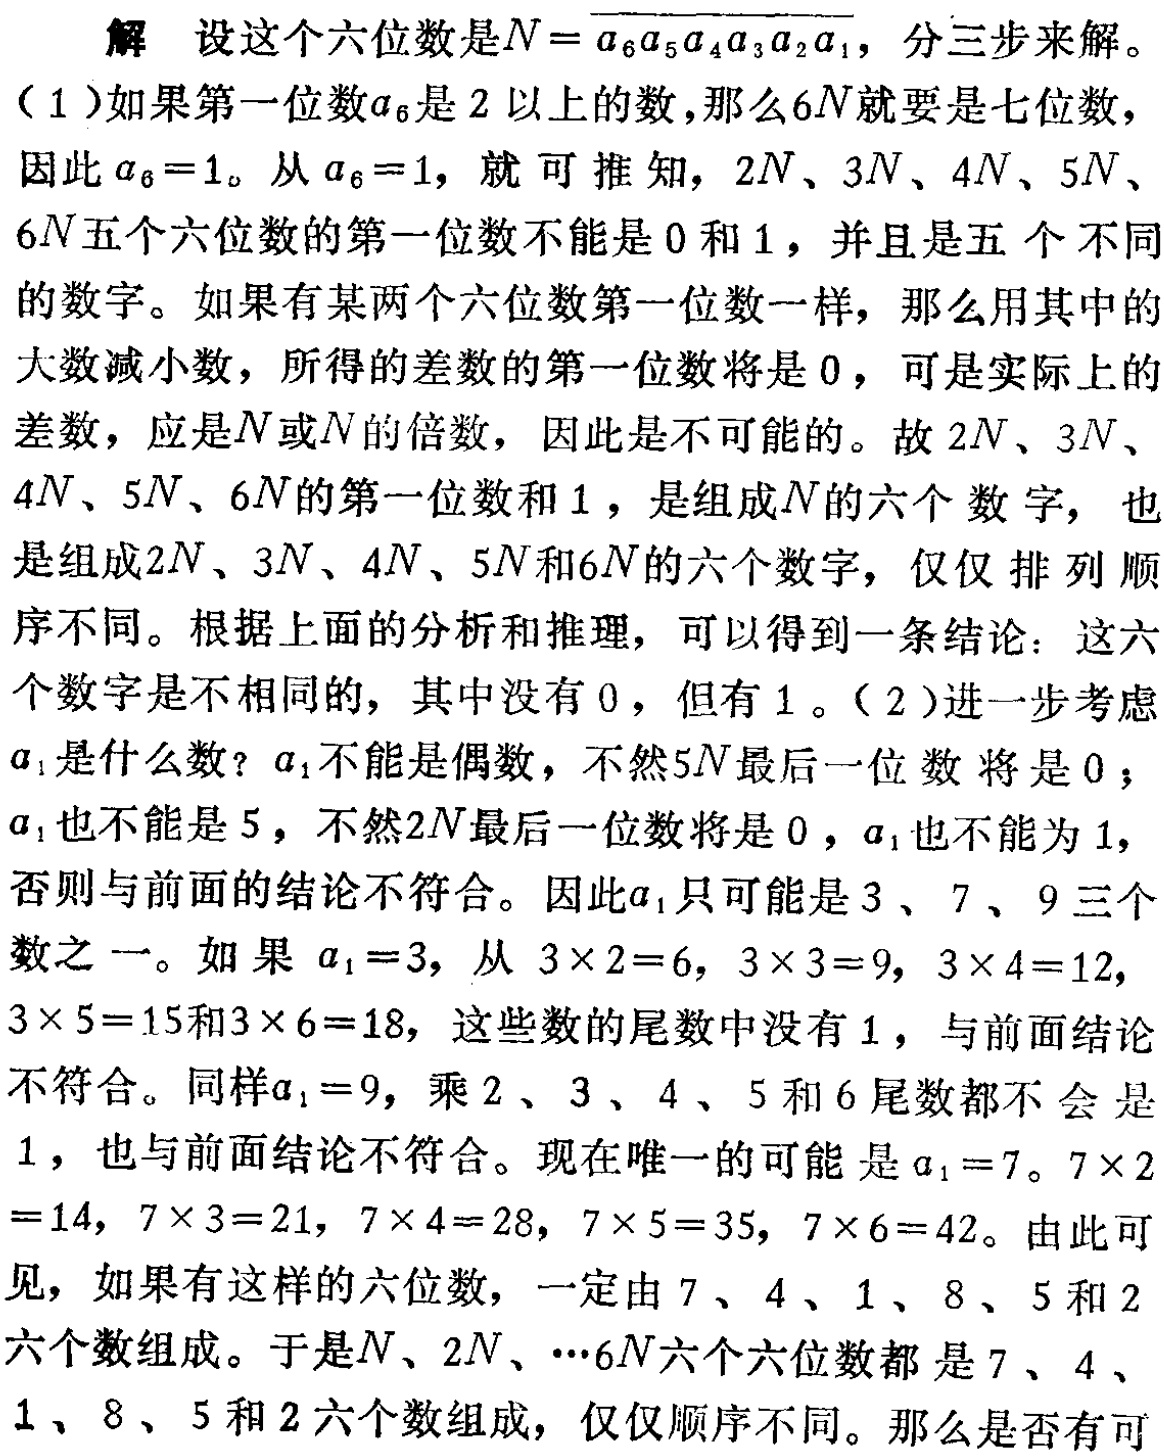
解 设这个六位数是\(N = \overline{a_{6}a_{5}a_{4}a_{3}a_{2}a_{1}}\)，分三步来解。

（1）如果第一位数\(a_{6}\)是\(2\)以上的数，那么\(6N\)就要是七位数，因此\(a_{6}=1\)。从\(a_{6}=1\)，就可推知，\(2N\)、\(3N\)、\(4N\)、\(5N\)、\(6N\)五个六位数的第一位数不能是\(0\)和\(1\)，并且是五个不同的数字。如果有某两个六位数第一位数一样，那么用其中的大数减小数，所得的差数的第一位数将是\(0\)，可是实际上的差数，应是\(N\)或\(N\)的倍数，因此是不可能的。故\(2N\)、\(3N\)、\(4N\)、\(5N\)、\(6N\)的第一位数和\(1\)，是组成\(N\)的六个数字，也是组成\(2N\)、\(3N\)、\(4N\)、\(5N\)和\(6N\)的六个数字，仅仅排列顺序不同。根据上面的分析和推理，可以得到一条结论：这六个数字是不相同的，其中没有\(0\)，但有\(1\)。（2）进一步考虑\(a_{1}\)是什么数？\(a_{1}\)不能是偶数，不然\(5N\)最后一位数将是\(0\)；\(a_{1}\)也不能是\(5\)，不然\(2N\)最后一位数将是\(0\)，\(a_{1}\)也不能为\(1\)，否则与前面的结论不符合。因此\(a_{1}\)只可能是\(3\)、\(7\)、\(9\)三个数之一。如果\(a_{1}=3\)，从\(3\times2 = 6\)，\(3\times3 = 9\)，\(3\times4 = 12\)，\(3\times5 = 15\)和\(3\times6 = 18\)，这些数的尾数中没有\(1\)，与前面结论不符合。同样\(a_{1}=9\)，乘\(2\)、\(3\)、\(4\)、\(5\)和\(6\)尾数都不会是\(1\)，也与前面结论不符合。现在唯一的可能是\(a_{1}=7\)。\(7\times2=14\)，\(7\times3 = 21\)，\(7\times4 = 28\)，\(7\times5 = 35\)，\(7\times6 = 42\)。由此可见，如果有这样的六位数，一定由\(7\)、\(4\)、\(1\)、\(8\)、\(5\)和\(2\)六个数组成。于是\(N\)、\(2N\)、\(\cdots6N\)六个六位数都是\(7\)、\(4\)、\(1\)、\(8\)、\(5\)和\(2\)六个数组成，仅仅顺序不同。那么是否有可